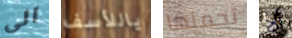
الى ياللأسف تحملها ألا